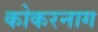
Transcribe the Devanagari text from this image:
कोकरनाग